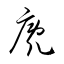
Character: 廐